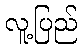
လူ့ပြည်